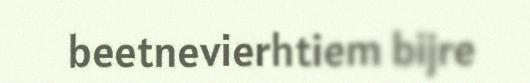
beetnevierhtiem bijre